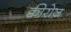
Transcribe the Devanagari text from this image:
क्वीरोज़